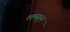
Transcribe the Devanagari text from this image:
शमसुन